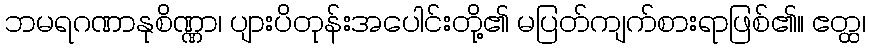
ဘမရဂဏာနုစိဏ္ဏာ၊ ပျားပိတုန်းအပေါင်းတို့၏ မပြတ်ကျက်စားရာဖြစ်၏။ ဧတ္ထ၊